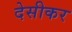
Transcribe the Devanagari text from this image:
देसीकर